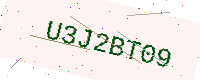
Text: U3J2BT09